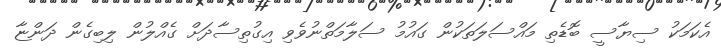
އެކަމަކު ސިޔާސީ ބޮޑެތި މައްސަލަތަކުން ގައުމު ސަލާމަތްނުވެވި އިގުތިސާދަށް ގެއްލުން ލިބިގެން ދަންޏާ